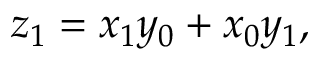
z _ { 1 } = x _ { 1 } y _ { 0 } + x _ { 0 } y _ { 1 } ,